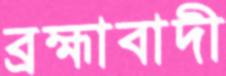
ব্রহ্মাবাদী